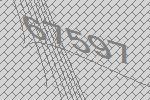
67597